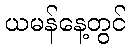
ယမန်နေ့တွင်